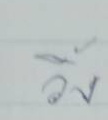
วิ่ง